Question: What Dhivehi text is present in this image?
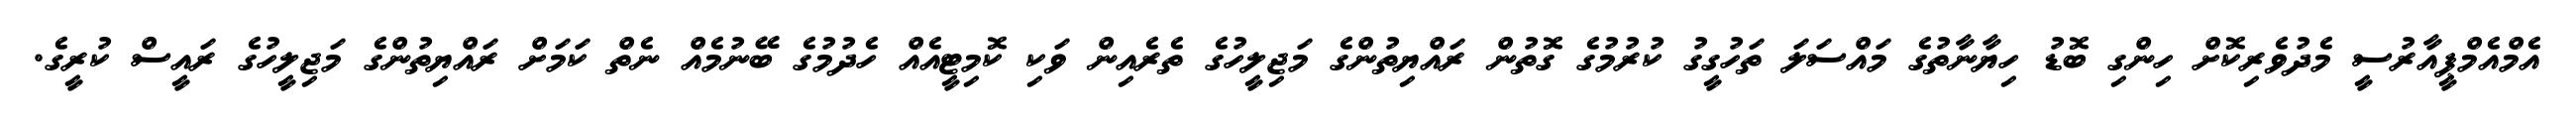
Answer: އެމްއެމްޕީއާރުސީ މެދުވެރިކޮށް ހިންގި ބޮޑު ހިޔާނާތުގެ މައްސަލަ ތަހުގީގު ކުރުމުގެ ގޮތުން ރައްޔިތުންގެ މަޖިލީހުގެ ތެރެއިން ވަކި ކޮމިޓީއެއް ހެދުމުގެ ބޭނުމެއް ނެތް ކަމަށް ރައްޔިތުންގެ މަޖިލީހުގެ ރައީސް ކުރީގެ.